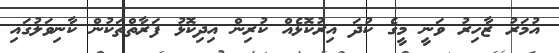
އުމަރު ޒާހިރު ވަނީ މީގެ ކުދަ އިރުކޮޅެއް ކުރިން އިދިކޮޅު ފަރާތްތަކުން ކާނިވަލުގައި